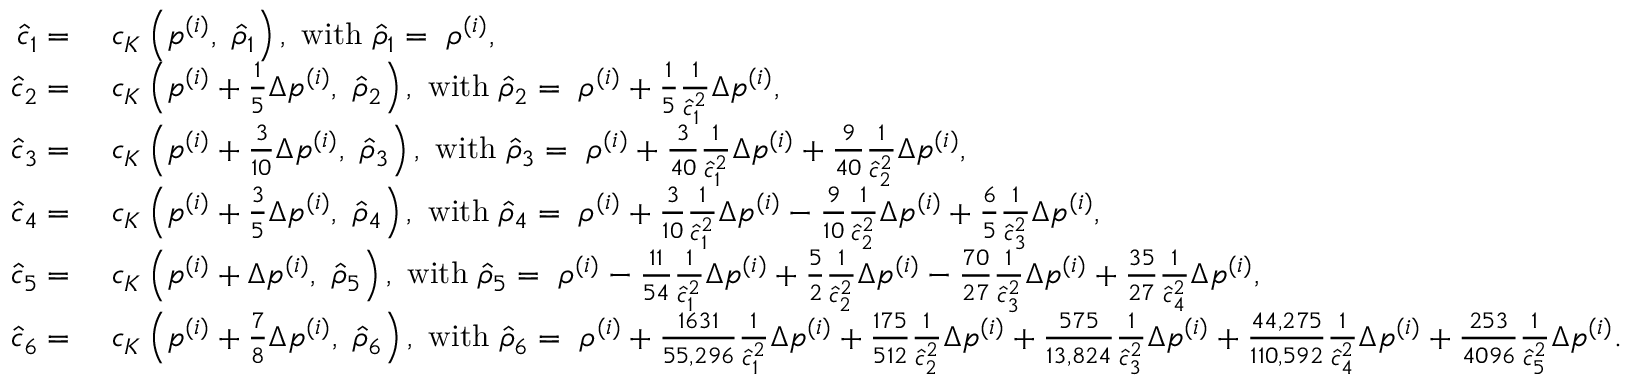
\begin{array} { r l } { \hat { c } _ { 1 } = } & { ~ c _ { K } \left( p ^ { ( i ) } , ~ \hat { \rho } _ { 1 } \right) , ~ \mathrm { w i t h } ~ \hat { \rho } _ { 1 } = ~ \rho ^ { ( i ) } , } \\ { \hat { c } _ { 2 } = } & { ~ c _ { K } \left( p ^ { ( i ) } + \frac { 1 } { 5 } \Delta p ^ { ( i ) } , ~ \hat { \rho } _ { 2 } \right) , ~ \mathrm { w i t h } ~ \hat { \rho } _ { 2 } = ~ \rho ^ { ( i ) } + \frac { 1 } { 5 } \frac { 1 } { \hat { c } _ { 1 } ^ { 2 } } \Delta p ^ { ( i ) } , } \\ { \hat { c } _ { 3 } = } & { ~ c _ { K } \left( p ^ { ( i ) } + \frac { 3 } { 1 0 } \Delta p ^ { ( i ) } , ~ \hat { \rho } _ { 3 } \right) , ~ \mathrm { w i t h } ~ \hat { \rho } _ { 3 } = ~ \rho ^ { ( i ) } + \frac { 3 } { 4 0 } \frac { 1 } { \hat { c } _ { 1 } ^ { 2 } } \Delta p ^ { ( i ) } + \frac { 9 } { 4 0 } \frac { 1 } { \hat { c } _ { 2 } ^ { 2 } } \Delta p ^ { ( i ) } , ~ } \\ { \hat { c } _ { 4 } = } & { ~ c _ { K } \left( p ^ { ( i ) } + \frac { 3 } { 5 } \Delta p ^ { ( i ) } , ~ \hat { \rho } _ { 4 } \right) , ~ \mathrm { w i t h } ~ \hat { \rho } _ { 4 } = ~ \rho ^ { ( i ) } + \frac { 3 } { 1 0 } \frac { 1 } { \hat { c } _ { 1 } ^ { 2 } } \Delta p ^ { ( i ) } - \frac { 9 } { 1 0 } \frac { 1 } { \hat { c } _ { 2 } ^ { 2 } } \Delta p ^ { ( i ) } + \frac { 6 } { 5 } \frac { 1 } { \hat { c } _ { 3 } ^ { 2 } } \Delta p ^ { ( i ) } , ~ } \\ { \hat { c } _ { 5 } = } & { ~ c _ { K } \left( p ^ { ( i ) } + \Delta p ^ { ( i ) } , ~ \hat { \rho } _ { 5 } \right) , ~ \mathrm { w i t h } ~ \hat { \rho } _ { 5 } = ~ \rho ^ { ( i ) } - \frac { 1 1 } { 5 4 } \frac { 1 } { \hat { c } _ { 1 } ^ { 2 } } \Delta p ^ { ( i ) } + \frac { 5 } { 2 } \frac { 1 } { \hat { c } _ { 2 } ^ { 2 } } \Delta p ^ { ( i ) } - \frac { 7 0 } { 2 7 } \frac { 1 } { \hat { c } _ { 3 } ^ { 2 } } \Delta p ^ { ( i ) } + \frac { 3 5 } { 2 7 } \frac { 1 } { \hat { c } _ { 4 } ^ { 2 } } \Delta p ^ { ( i ) } , ~ } \\ { \hat { c } _ { 6 } = } & { ~ c _ { K } \left( p ^ { ( i ) } + \frac { 7 } { 8 } \Delta p ^ { ( i ) } , ~ \hat { \rho } _ { 6 } \right) , ~ \mathrm { w i t h } ~ \hat { \rho } _ { 6 } = ~ \rho ^ { ( i ) } + \frac { 1 6 3 1 } { 5 5 , 2 9 6 } \frac { 1 } { \hat { c } _ { 1 } ^ { 2 } } \Delta p ^ { ( i ) } + \frac { 1 7 5 } { 5 1 2 } \frac { 1 } { \hat { c } _ { 2 } ^ { 2 } } \Delta p ^ { ( i ) } + \frac { 5 7 5 } { 1 3 , 8 2 4 } \frac { 1 } { \hat { c } _ { 3 } ^ { 2 } } \Delta p ^ { ( i ) } + \frac { 4 4 , 2 7 5 } { 1 1 0 , 5 9 2 } \frac { 1 } { \hat { c } _ { 4 } ^ { 2 } } \Delta p ^ { ( i ) } + \frac { 2 5 3 } { 4 0 9 6 } \frac { 1 } { \hat { c } _ { 5 } ^ { 2 } } \Delta p ^ { ( i ) } . } \end{array}